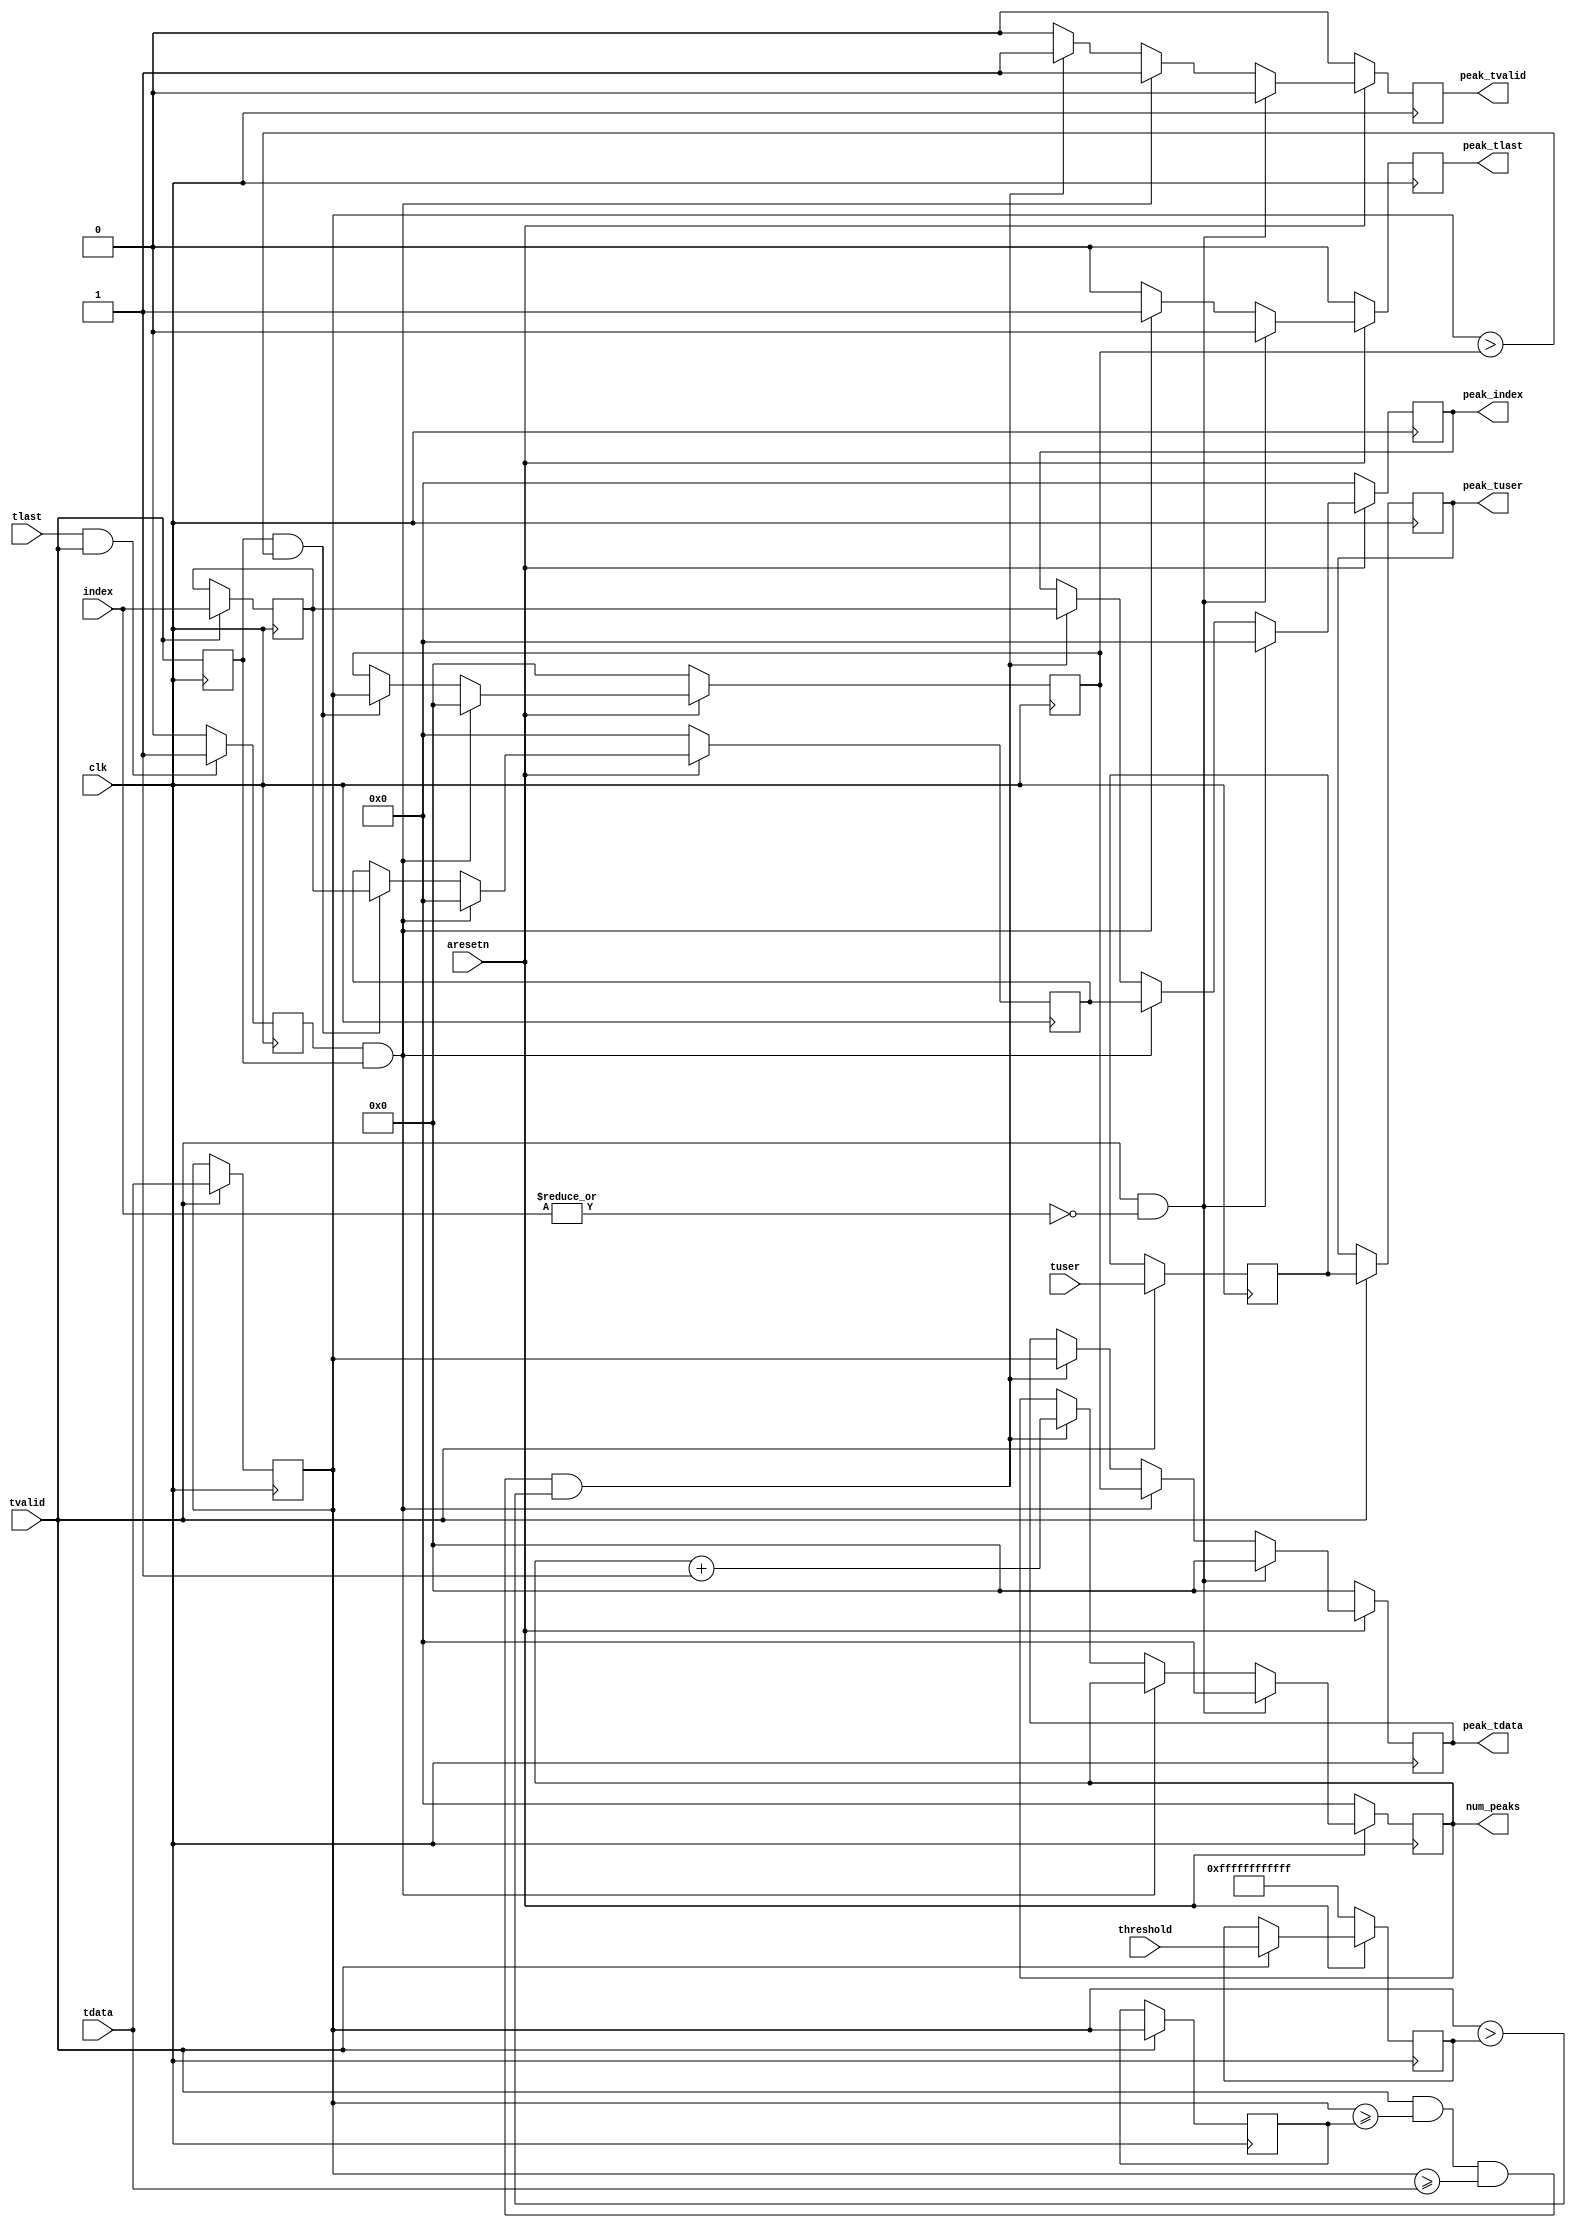
`timescale 1ns / 1ps
//////////////////////////////////////////////////////////////////////////////////
// Company:
//
// Design Name:
// Module Name: peak_finder
// Project Name:
// Target Devices:
// Tool Versions:
// Description:
//
// Dependencies:
//
// Revision:
// Revision 0.01 - File Created
// Additional Comments:
//
//////////////////////////////////////////////////////////////////////////////////


module peak_finder #(
    parameter DATA_LEN = 64,
    parameter FCLOCK = 245.76,
    parameter FFT_LEN = 8192,
    parameter CHIRP_BW = 61,     // Mhz
    parameter INIT_THRESHOLD = 64'h0000ffffffffffff,
    parameter TUSER_LEN = 32,
    parameter INDEX_LEN = 32
    )(
    input clk,
    input aresetn,
    input [DATA_LEN-1:0] tdata,
    input tvalid,
    input tlast,
    input [TUSER_LEN-1:0] tuser,
    input [INDEX_LEN-1:0] index,
    input [DATA_LEN-1:0] threshold,
    output [INDEX_LEN-1:0] peak_index,
    output [DATA_LEN-1:0] peak_tdata,
    output peak_tvalid,
    output peak_tlast,
    output [TUSER_LEN-1:0] peak_tuser,
    output [INDEX_LEN-1:0] num_peaks
    );

    reg [DATA_LEN-1:0] tdata_left;
    reg [DATA_LEN-1:0] tdata_mid;
    reg [INDEX_LEN-1:0]  index_mid;
    reg [TUSER_LEN-1:0] tuser_mid;
    reg [DATA_LEN-1:0] peak_tdata_r;
    reg                peak_tvalid_r;
    reg [DATA_LEN-1:0]  min_threshold;
    reg [INDEX_LEN-1:0] peak_index_r;
    reg tlast_mid;
    reg tvalid_mid;
    reg peak_tlast_r;
    reg [TUSER_LEN-1:0] peak_tuser_r;
    reg [INDEX_LEN-1:0] num_peaks_r;
    reg [DATA_LEN-1:0] peak_tdata_max;
    reg [INDEX_LEN-1:0] peak_index_max;


always @(posedge clk) begin
if (tvalid) begin
  tdata_mid<=tdata;
  tdata_left<=tdata_mid;
  index_mid <= index;
  tuser_mid <= tuser;
  peak_tuser_r <= tuser_mid;
  end
end

always @(posedge clk) begin
  tvalid_mid <= tvalid;
end

always @(posedge clk) begin
if (tlast & tvalid)
  tlast_mid <= 1'b1;
else
  tlast_mid <= 1'b0;
end

always @(posedge clk) begin
if(!aresetn)
  min_threshold <=INIT_THRESHOLD;
//else if(tvalid & !(|index))
//  min_threshold <= threshold;
else if(tvalid)
    min_threshold <= threshold;
end


always @(posedge clk) begin
if(!aresetn) begin
    peak_tdata_r <= 'b0;
    peak_tvalid_r <= 1'b0;
    peak_index_r <= 'b0;
    num_peaks_r <= 'b0;
    peak_tlast_r <= 1'b0;
end else if(tvalid & !(|index)) begin
  peak_tdata_r <= 'b0;
  peak_tvalid_r <= 1'b0;
  peak_index_r <= 'b0;
  num_peaks_r <= 'b0;
  peak_tlast_r <= 'b0;
end else if (tlast_mid & tvalid_mid) begin
  peak_tvalid_r <= 1'b1;
  peak_tdata_r <= peak_tdata_max;
  peak_index_r <= peak_index_max;
  num_peaks_r <= num_peaks_r;
  peak_tlast_r <= 1'b1;
end else if(tvalid & (tdata_mid >= tdata_left)&(tdata_mid >= tdata)&(tdata_mid> min_threshold)) begin
  peak_tdata_r <= tdata_mid;
  peak_tvalid_r <= 1'b1;
  peak_index_r <= index_mid;
  num_peaks_r <= num_peaks_r + 1'b1;
  peak_tlast_r <= 1'b0;
end else begin
  peak_tvalid_r <= 1'b0;
  peak_tlast_r <= 1'b0;
//  peak_tdata_r <= 'b0;
//  peak_index_r <= 'b0;
  peak_tdata_r <= peak_tdata_r;
  peak_index_r <= peak_index_r;
  num_peaks_r <= num_peaks_r;
end
end

always @(posedge clk) begin
if(!aresetn) begin
  peak_tdata_max <= 'b0;
  peak_index_max <= 'b0;
end else if (tlast_mid & tvalid_mid) begin
  peak_tdata_max <= 'b0;
  peak_index_max <= 'b0;
end else if (tvalid_mid & (tdata_mid > peak_tdata_max)) begin
  peak_tdata_max <= tdata_mid;
  peak_index_max <= index_mid;
end else begin
  peak_tdata_max <= peak_tdata_max;
  peak_index_max <= peak_index_max;
end
end


assign peak_tdata = peak_tdata_r;
assign peak_tvalid = peak_tvalid_r;
assign peak_tlast = peak_tlast_r;
assign peak_index = peak_index_r;
assign num_peaks = num_peaks_r;
assign peak_tuser = peak_tuser_r;


endmodule